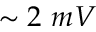
\sim 2 \ m V